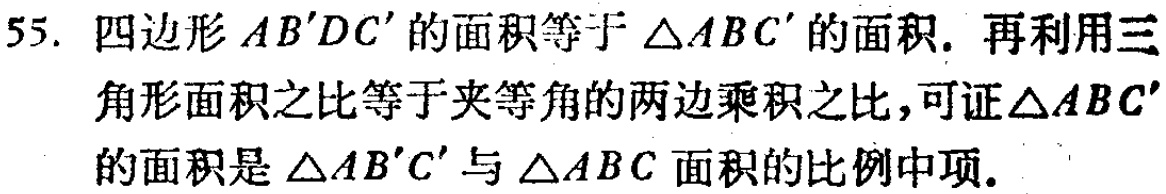
55. 四边形 \(AB'DC'\) 的面积等于 \(\triangle ABC'\) 的面积. 再利用三角形面积之比等于夹等角的两边乘积之比,可证\(\triangle ABC'\)的面积是 \(\triangle AB'C'\) 与 \(\triangle ABC\) 面积的比例中项.